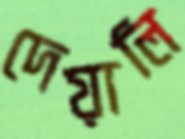
দেয়ালি